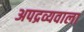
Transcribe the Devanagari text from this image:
अपद्रव्यवाला